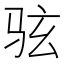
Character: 𫠊